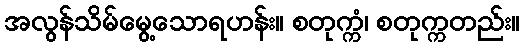
အလွန်သိမ်မွေ့သောရဟန်း။ စတုက္ကံ၊ စတုက္ကတည်း။